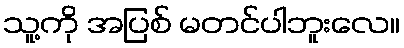
သူ့ကို အပြစ် မတင်ပါဘူးလေ။